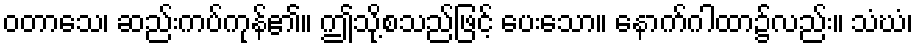
ဝတာသေ၊ ဆည်းကပ်ကုန်၏။ ဤသို့စသည်ဖြင့် ပေးသော။ နောက်ဂါထာ၌လည်း။ သံဃံ၊